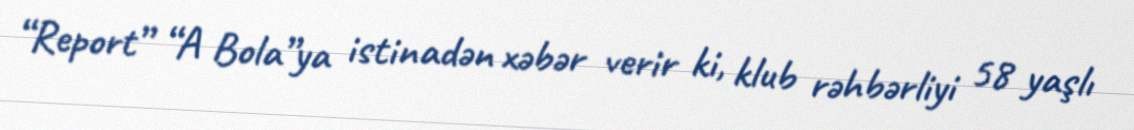
“Report” “A Bola”ya istinadən xəbər verir ki, klub rəhbərliyi 58 yaşlı